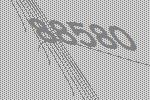
88580